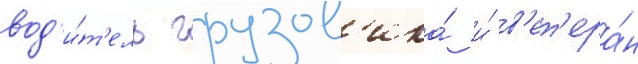
вод'и́т'ель грузов'ика́ и́ в'ет'ера́н